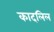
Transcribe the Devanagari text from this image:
कादलिल